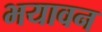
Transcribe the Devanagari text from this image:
भयावन